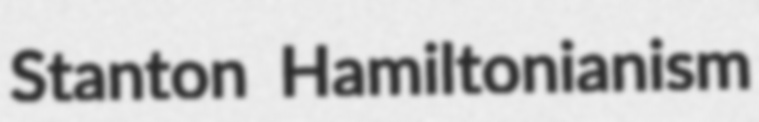
Stanton Hamiltonianism